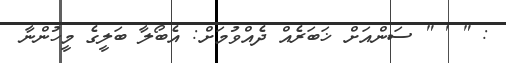
: " ' " ސަންއަށް ޚަބަރެއް ދެއްވުމަށް: އެބޯލާ ބަލީގެ މީހުންނާ